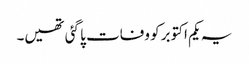
یہ یکم اکتوبر کو وفات پا گئی تھیں۔